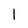
Character: 1